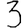
Digit: 3